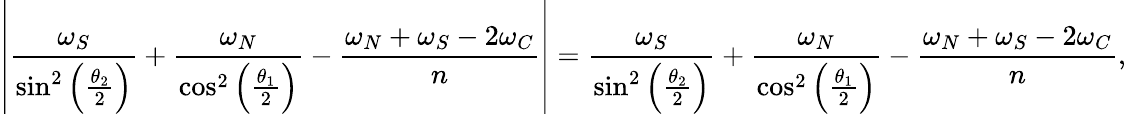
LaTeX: \left|\frac{\omega_{S}}{\sin^{2}\left(\frac{\theta_{2}}{2}\right)}+\frac{\omega_{N}}{\cos^{2}\left(\frac{\theta_{1}}{2}\right)}-\frac{\omega_{N}+\omega_{S}-2\omega_{C}}{n}\right|=\frac{\omega_{S}}{\sin^{2}\left(\frac{\theta_{2}}{2}\right)}+\frac{\omega_{N}}{\cos^{2}\left(\frac{\theta_{1}}{2}\right)}-\frac{\omega_{N}+\omega_{S}-2\omega_{C}}{n},